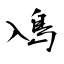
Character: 鳰